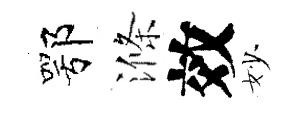
鄂滌效妙